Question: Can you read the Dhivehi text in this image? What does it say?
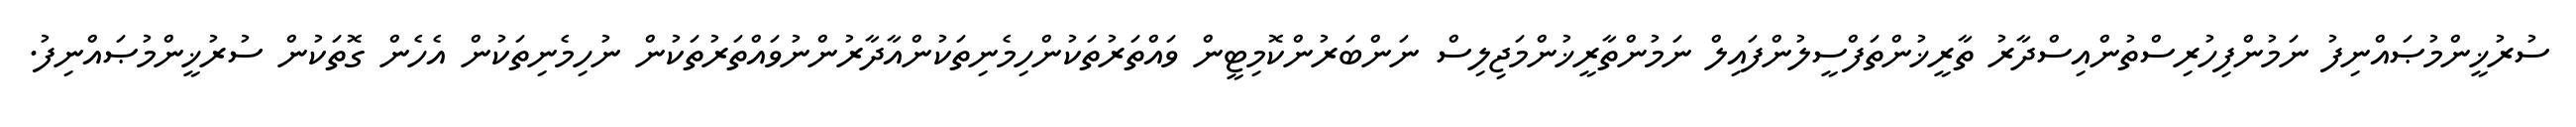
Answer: ސުރުޚީންމުޞައްނިފު ނަމުންފިހުރިސްތުންއިސްދާރު ތާރީޚުންތަފްސީލުންފައިލް ނަމުންތާރީޚުންމަޖިލިސް ނަންބަރުންކޮމިޓީން ވައްތަރުތަކުންހިމެނިތަކުންއާދާރުންނުވައްތަރުތަކުން ނުހިމެނިތަކުން އެހެން ގޮތަކުން ސުރުޚީންމުޞައްނިފު.